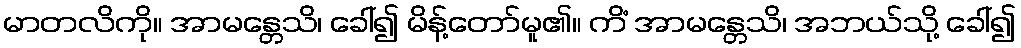
မာတလိကို။ အာမန္တေသိ၊ ခေါ်၍ မိန့်တော်မူ၏။ ကိံ အာမန္တေသိ၊ အဘယ်သို့ ခေါ်၍